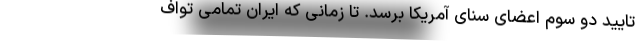
تایید دو سوم اعضای سنای آمریکا برسد. تا زمانی که ایران تمامی تواف